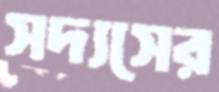
সদ্যসের